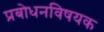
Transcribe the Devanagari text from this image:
प्रबोधनविषयक